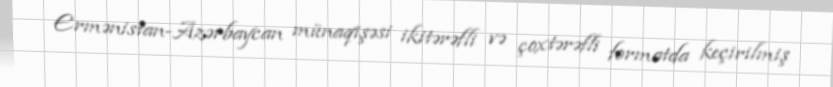
Ermənistan-Azərbaycan münaqişəsi ikitərəfli və çoxtərəfli formatda keçirilmiş